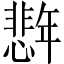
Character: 𪪈